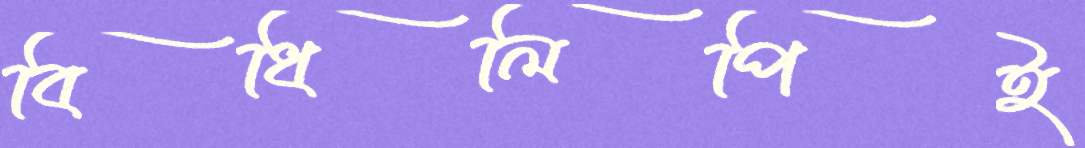
বিধিলিপিই